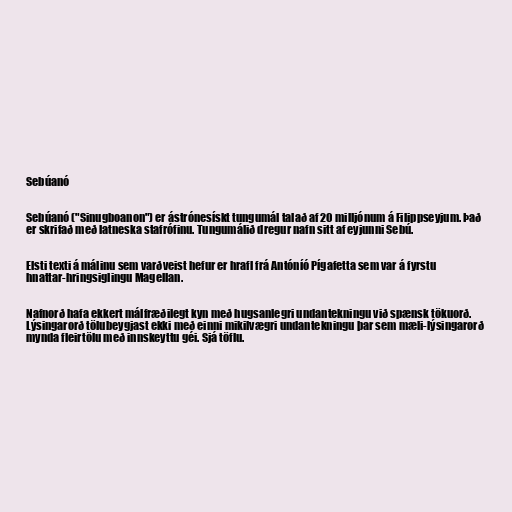
Sebúanó

Sebúanó ("Sinugboanon") er ástrónesískt tungumál talað af 20 milljónum á Filippseyjum. Það
er skrifað með latneska stafrófinu. Tungumálið dregur nafn sitt af eyjunni Sebú.

Elsti texti á málinu sem varðveist hefur er hrafl frá Antóníó Pígafetta sem var á fyrstu
hnattar-hringsiglingu Magellan.

Nafnorð hafa ekkert málfræðilegt kyn með hugsanlegri undantekningu við spænsk tökuorð.
Lýsingarorð tölubeygjast ekki með einni mikilvægri undantekningu þar sem mæli-lýsingarorð
mynda fleirtölu með innskeyttu géi. Sjá töflu.